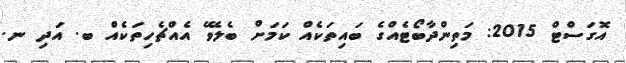
އޮގަސްޓް 2015: މަތިންދާބޯޓެއްގެ ބައިތަކެއް ކަމަށް ބެލެވޭ އެއްޗެހިތަކެއް ބ. އަދި ނ.